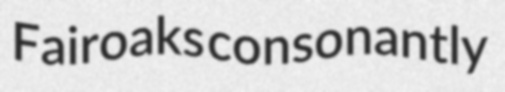
Fairoaks consonantly